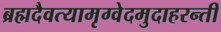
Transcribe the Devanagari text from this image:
ब्रह्मदैवत्यामृग्वेदमुदाहरन्तीं